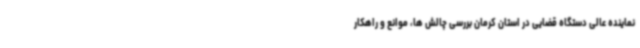
نماینده عالی دستگاه قضایی در استان کرمان بررسی چالش ها، موانع و راهکار